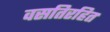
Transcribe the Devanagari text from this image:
वसतिरहित